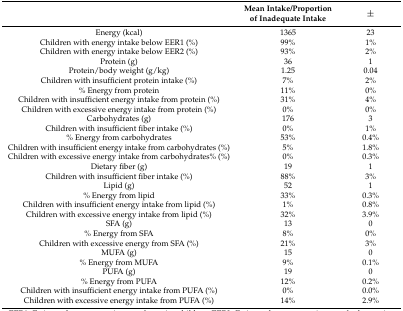
|  | Mean Intake/Proportion of Inadequate Intake | ± |
 | --- | --- | --- |
 | Energy (kcal) | 1365 | 23 |
 | Children with energy intake below EER1 (%) | 99% | 1% |
 | Children with energy intake below EER2 (%) | 93% | 2% |
 | Protein (g) | 36 | 1 |
 | Protein/body weight (g/kg) | 1.25 | 0.04 |
 | Children with insufficient protein intake (%) | 7% | 2% |
 | % Energy from protein | 11% | 0% |
 | Children with insufficient energy intake from protein (%) | 31% | 4% |
 | Children with excessive energy intake from protein (%) | 0% | 0% |
 | Carbohydrates (g) | 176 | 3 |
 | Children with insufficient fiber intake (%) | 0% | 1% |
 | % Energy from carbohydrates | 53% | 0.4% |
 | Children with insufficient energy intake from carbohydrates (%) | 5% | 1.8% |
 | Children with excessive energy intake from carbohydrates% (%) | 0% | 0.3% |
 | Dietary fiber (g) | 19 | 1 |
 | Children with insufficient fiber intake (%) | 88% | 3% |
 | Lipid (g) | 52 | 1 |
 | % Energy from lipid | 33% | 0.3% |
 | Children with insufficient energy intake from lipid (%) | 1% | 0.8% |
 | Children with excessive energy intake from lipid (%) | 32% | 3.9% |
 | SFA (g) | 13 | 0 |
 | % Energy from SFA | 8% | 0% |
 | Children with excessive energy from SFA (%) | 21% | 3% |
 | MUFA (g) | 15 | 0 |
 | % Energy from MUFA | 9% | 0.1% |
 | PUFA (g) | 19 | 0 |
 | % Energy from PUFA | 12% | 0.2% |
 | Children with insufficient energy intake from PUFA (%) | 0% | 0.0% |
 | Children with excessive energy intake from PUFA (%) | 14% | 2.9% |